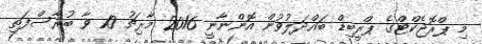
މި ޕްރޮޖެކްޓްގެ ޕްރީބިޑް ބައްދަލުވުން އޮންނާނީ 2016 މާރިޗު 10 ވާ ބުރާސްފަތި